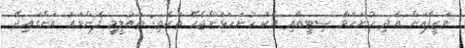
ވަޒީފާއަށް އެދި ހުށަހަޅާ ސިޓީއާއި އެކު ހުށަހަޅަންޖެހޭ ތަކެތި: ތައުލީމީ ފެންވަރު އަންގައިދޭ